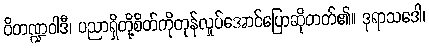
ဝိတဏ္ဍဝါဒီ၊ ပညာရှိတို့စိတ်ကိုတုန်လှုပ်အောင်ပြောဆိုတတ်၏။ ဒုရာသဒေါ၊